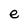
Character: e